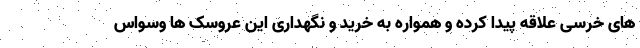
های خرسی علاقه پیدا کرده و همواره به خرید و نگهداری این عروسک ها وسواس